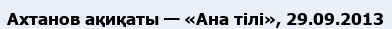
Ахтанов ақиқаты — «Ана тілі», 29.09.2013